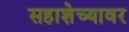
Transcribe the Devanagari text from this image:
सहाशेच्यावर